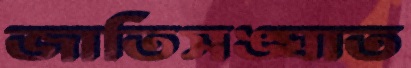
জাতিসঙ্ঘাত